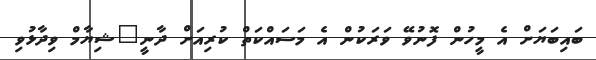
ބައިބަޔަށް އެ މީހުން ފޮނުވޭ ވަރަކުން އެ މަސައްކަތް ކުރިއަށް ދާނީ"ޝިޔާމް ވިދާޅުވި